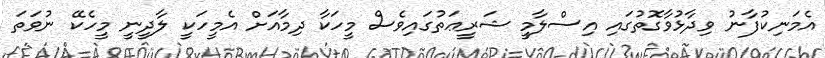
އެމަނިކުފާނު ވިދާޅުވާގޮތުގައި އިސްލާމީ ޝަރީޢަތުގައިވެސް މީހަކާ ދިމާއަށް އެމީހަކީ ލާދީނީ މީހެކޭ ނުވަތަ